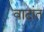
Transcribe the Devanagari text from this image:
वादांत